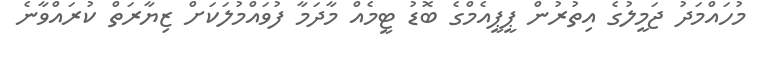
މުހައްމަދު ޖަމީލުގެ އިތުރުން ޕީޕީއެމްގެ ބޮޑު ޓީމެއް މާދަމާ ފުވައްމުލަކަށް ޒިޔާރަތް ކުރައްވާނެ